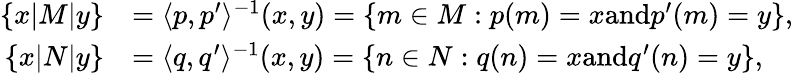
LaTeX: \begin{array}{rl}{\{ x|M|y\} }&{=\langle p,p^{\prime}\rangle^{-1}(x,y)=\{ m\in M:p(m)=x\textrm{and}p^{\prime}(m)=y\} ,}\\ {\{ x|N|y\} }&{=\langle q,q^{\prime}\rangle^{-1}(x,y)=\{ n\in N:q(n)=x\textrm{and}q^{\prime}(n)=y\} ,}\end{array}